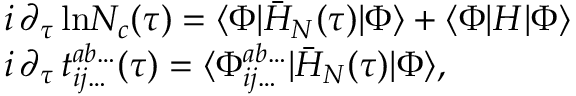
\begin{array} { r l } & { i \, \partial _ { \tau } \, \mathrm { l n } N _ { c } ( \tau ) = \langle \Phi | \bar { H } _ { N } ( \tau ) | \Phi \rangle + \langle \Phi | H | \Phi \rangle } \\ & { i \, \partial _ { \tau } \, t _ { i j \dots } ^ { a b \dots } ( \tau ) = \langle \Phi _ { i j \dots } ^ { a b \dots } | \bar { H } _ { N } ( \tau ) | \Phi \rangle , } \end{array}